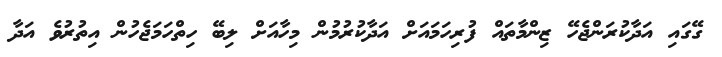
ގޭގައި އަދާކުރަންޖެހޭ ޒިންމާތައް ފުރިހަމައަށް އަދާކުރުމުން މިހާއަށް ލިބޭ ހިތްހަމަޖެހުން އިތުރުވެ އަދާ